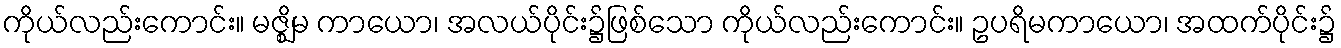
ကိုယ်လည်းကောင်း။ မဇ္ဈိမ ကာယော၊ အလယ်ပိုင်း၌ဖြစ်သော ကိုယ်လည်းကောင်း။ ဥပရိမကာယော၊ အထက်ပိုင်း၌